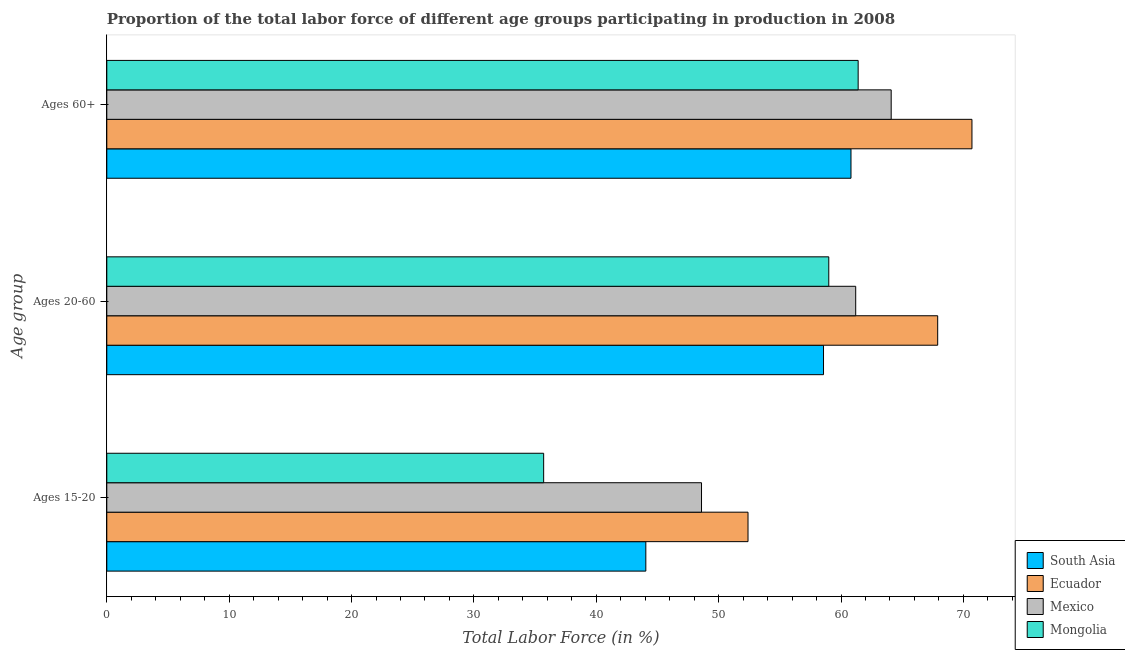
| Age group | South Asia | Ecuador | Mexico | Mongolia |
 | --- | --- | --- | --- | --- |
 | Ages 15-20 | 44 | 52.4 | 48.6 | 35.7 |
 | Ages 20-60 | 58.6 | 67.9 | 61.2 | 59 |
 | Ages 60+ | 60.8 | 70.7 | 64.1 | 61.4 |